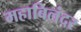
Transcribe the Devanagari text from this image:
महाबिलंदर